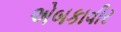
એબકાવીર